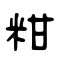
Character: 粓